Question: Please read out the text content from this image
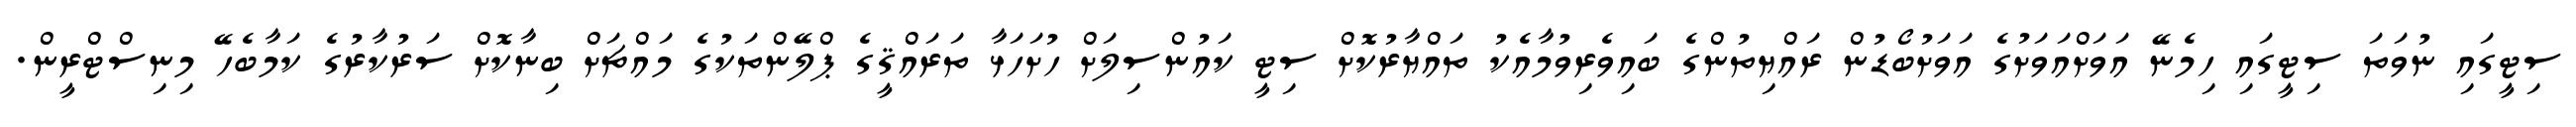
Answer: ސިޓީގައި ނުވަތަ ސިޓީގައި ހިމެނޭ އަވަށްއަވަށުގެ އަވަށުބޯޑުން ރައްޔިތުންގެ ބައިވެރިވުމާއެކު ތައްޔާރުކޮށް ސިޓީ ކައުންސިލަށް ހުށަހަޅާ ތަރައްޤީގެ ޕްލޭންތަކުގެ މައްޗަށް ބިނާކޮށް ސަރުކާރުގެ ކަމާބެހޭ މިނިސްޓްރީން.